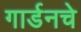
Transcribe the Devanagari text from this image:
गार्डनचे